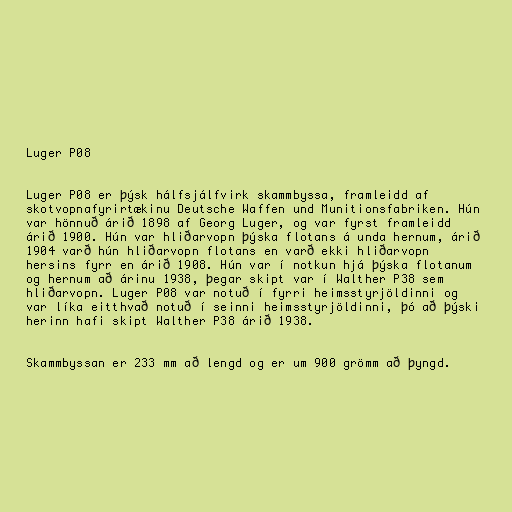
Luger P08

Luger P08 er þýsk hálfsjálfvirk skammbyssa, framleidd af
skotvopnafyrirtækinu Deutsche Waffen und Munitionsfabriken. Hún
var hönnuð árið 1898 af Georg Luger, og var fyrst framleidd
árið 1900. Hún var hliðarvopn þýska flotans á unda hernum, árið
1904 varð hún hliðarvopn flotans en varð ekki hliðarvopn
hersins fyrr en árið 1908. Hún var í notkun hjá þýska flotanum
og hernum að árinu 1938, þegar skipt var í Walther P38 sem
hliðarvopn. Luger P08 var notuð í fyrri heimsstyrjöldinni og
var líka eitthvað notuð í seinni heimsstyrjöldinni, þó að þýski
herinn hafi skipt Walther P38 árið 1938.

Skammbyssan er 233 mm að lengd og er um 900 grömm að þyngd.